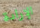
الإرادة